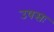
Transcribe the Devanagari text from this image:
उषसः